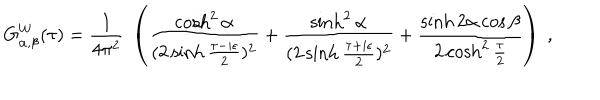
G _ { \alpha , \beta } ^ { W } ( \tau ) = { \frac { 1 } { 4 \pi ^ { 2 } } } ~ \left( { \frac { \cosh ^ { 2 } \alpha } { ( 2 \sinh { \frac { \tau - i \epsilon } { 2 } } ) ^ { 2 } } } + { \frac { \sinh ^ { 2 } \alpha } { ( 2 \sinh { \frac { \tau + i \epsilon } { 2 } } ) ^ { 2 } } } + { \frac { \sinh 2 \alpha \cos \beta } { 2 \cosh ^ { 2 } { \frac { \tau } { 2 } } } } \right) ~ ,